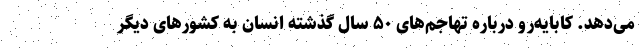
می‌دهد. کابایه‌رو درباره تهاجم‌های ۵۰ سال گذشته انسان به کشورهای دیگر